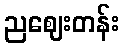
ညဈေးတန်း